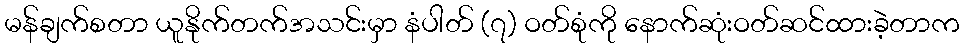
မန်ချက်စတာ ယူနိုက်တက်အသင်းမှာ နံပါတ် (၇) ဝတ်စုံကို နောက်ဆုံးဝတ်ဆင်ထားခဲ့တာက